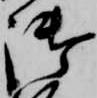
御